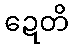
ဍေတိ